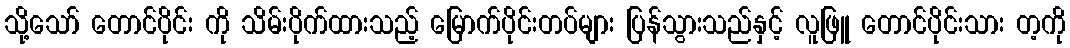
သို့သော် တောင်ပိုင်း ကို သိမ်းပိုက်ထားသည့် မြောက်ပိုင်းတပ်များ ပြန်သွားသည်နှင့် လူဖြူ တောင်ပိုင်းသား တ့ကို